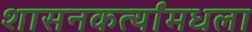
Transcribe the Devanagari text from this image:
शासनकर्त्यांमधला